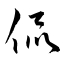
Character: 侃